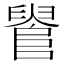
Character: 𨺫